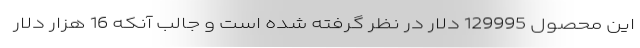
این محصول 129995 دلار در نظر گرفته شده است و جالب آنکه 16 هزار دلار